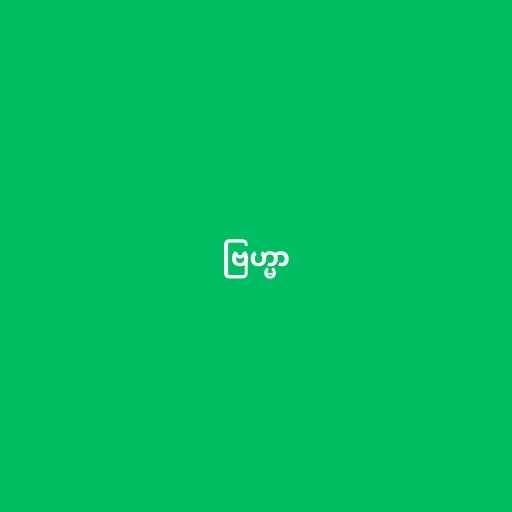
ဗြဟ္မာ